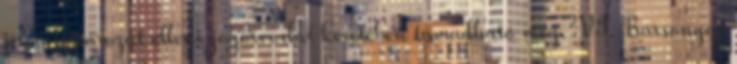
jelen határozat elleni jogorvoslat keretében támadható meg. VI. Bársonyos